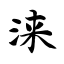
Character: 涞